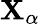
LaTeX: \mathbf{X}_{\alpha}